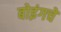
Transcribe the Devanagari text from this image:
बोइंगचे